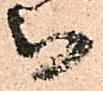
被